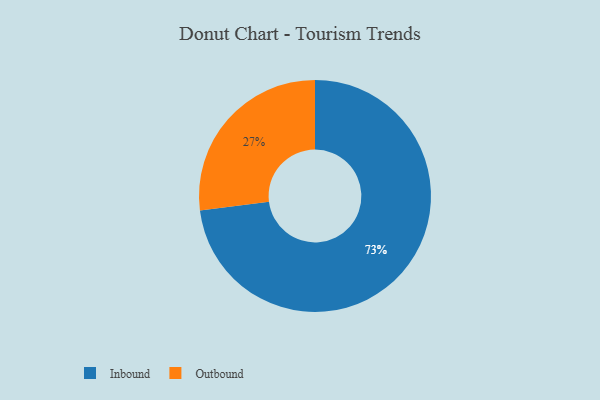
{"axis": {"x": "Category", "y": "Percentage"}, "legend": ["Inbound", "Outbound"], "data": [{"x": "Outbound", "y": 27, "type": "Outbound"}, {"x": "Inbound", "y": 73, "type": "Inbound"}]}